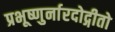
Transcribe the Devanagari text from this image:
प्रभूष्णुर्नारदोद्गीतो